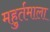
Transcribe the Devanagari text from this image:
महुर्तमाला